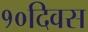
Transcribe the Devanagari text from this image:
१०दिवस